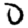
Digit: 0